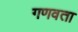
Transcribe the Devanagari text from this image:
गणवता